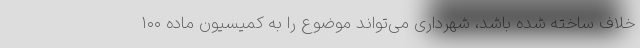
خلاف ساخته شده باشد، شهرداری می‌تواند موضوع را به کمیسیون ماده ۱۰۰